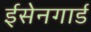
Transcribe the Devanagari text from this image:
ईसेनगार्ड